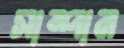
সাম্পান